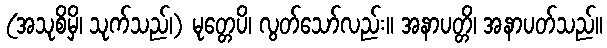
(အသုစိမှိ၊ သုက်သည်၊) မုတ္တေပိ၊ လွတ်သော်လည်း။ အနာပတ္တိ၊ အနာပတ်သည်။